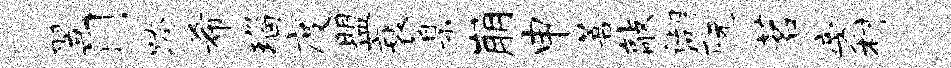
翌门跨希瑙度盟衰臬崩申菩敲湖阮茗旁村